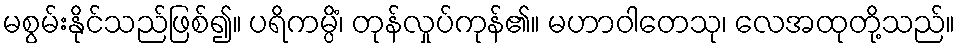
မစွမ်းနိုင်သည်ဖြစ်၍။ ပရိကမ္ပိံ၊ တုန်လှုပ်ကုန်၏။ မဟာဝါတေသု၊ လေအထုတို့သည်။